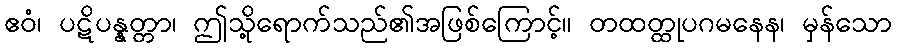
ဧဝံ၊ ပဋိပန္နတ္တာ၊ ဤသို့ရောက်သည်၏အဖြစ်ကြောင့်။ တထတ္ထုပဂမနေန၊ မှန်သော